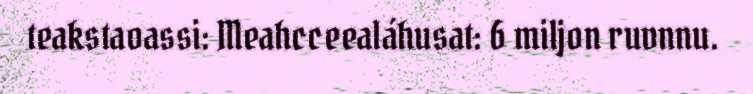
teakstaoassi: Meahcceealáhusat: 6 miljon ruvnnu.